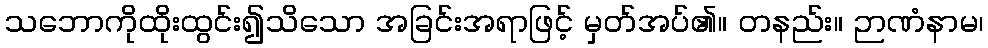
သဘောကိုထိုးထွင်း၍သိသော အခြင်းအရာဖြင့် မှတ်အပ်၏။ တနည်း။ ဉာဏံနာမ၊